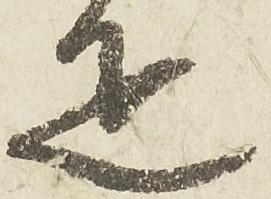
疋